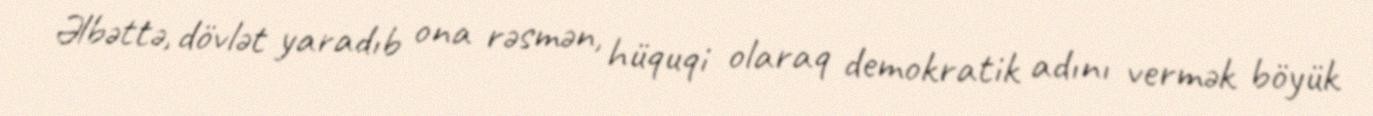
Əlbəttə, dövlət yaradıb ona rəsmən, hüquqi olaraq demokratik adını vermək böyük